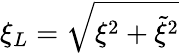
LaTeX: \xi_{L}=\sqrt{\xi^{2}+\tilde{\xi}^{2}}